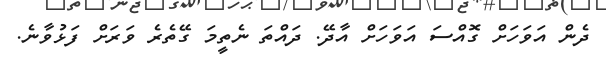
ދެން އަވަހަށް ގޮއްސަ އަވަހަށް އާދޭ. ދައްތަ ނެތީމަ ގޭތެރެ ވަރަށް ފަޅުވާނެ.